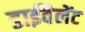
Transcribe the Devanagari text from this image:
डाईवैलेंट